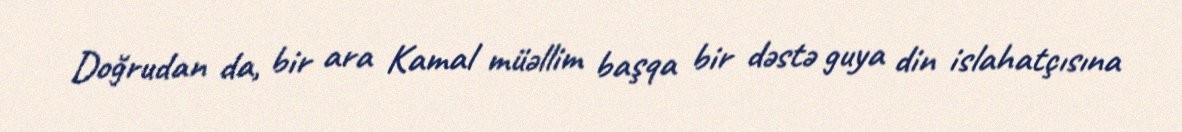
Doğrudan da, bir ara Kamal müəllim başqa bir dəstə guya din islahatçısına